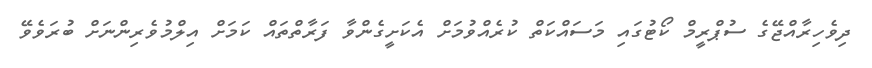
ދިވެހިރާއްޖޭގެ ސުޕްރީމް ކޯޓުގައި މަސައްކަތް ކުރެއްވުމަށް އެކަށީގެންވާ ފަރާތްތައް ކަމަށް އިލްމުވެރިންނަށް ބުރަވެވޭ